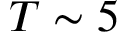
T \sim 5